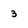
Character: 3